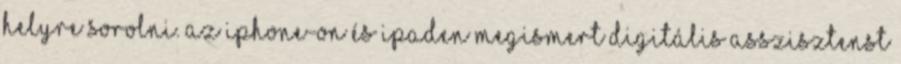
helyre sorolni. Az iPhone-on és iPaden megismert digitális asszisztenst